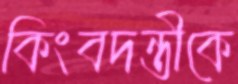
কিংবদন্তীকে